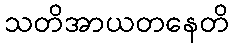
သတိအာယတနေတိ